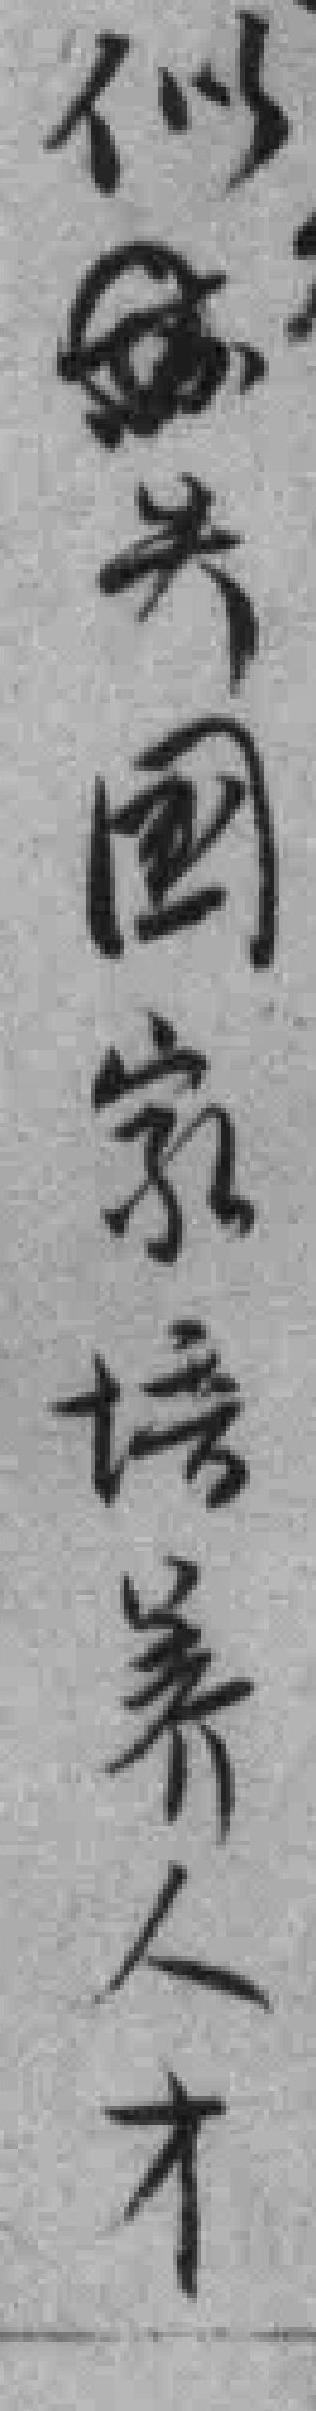
似*失国家培养人才